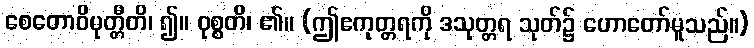
စေတောဝိမုတ္တီတိ၊ ၍။ ဝုစ္စတိ၊ ၏။ (ဤဧကုတ္တရကို ဒသုတ္တရ သုတ်၌ ဟောတော်မူသည်။)